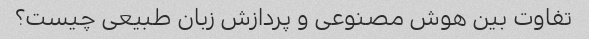
تفاوت بین هوش مصنوعی و پردازش زبان طبیعی چیست؟